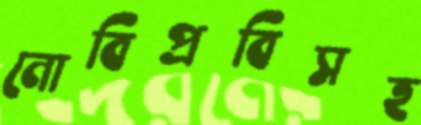
নোবিপ্রবিসহ